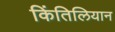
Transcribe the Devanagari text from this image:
किंतिलियान